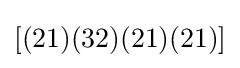
[(21)(32)(21)(21)]